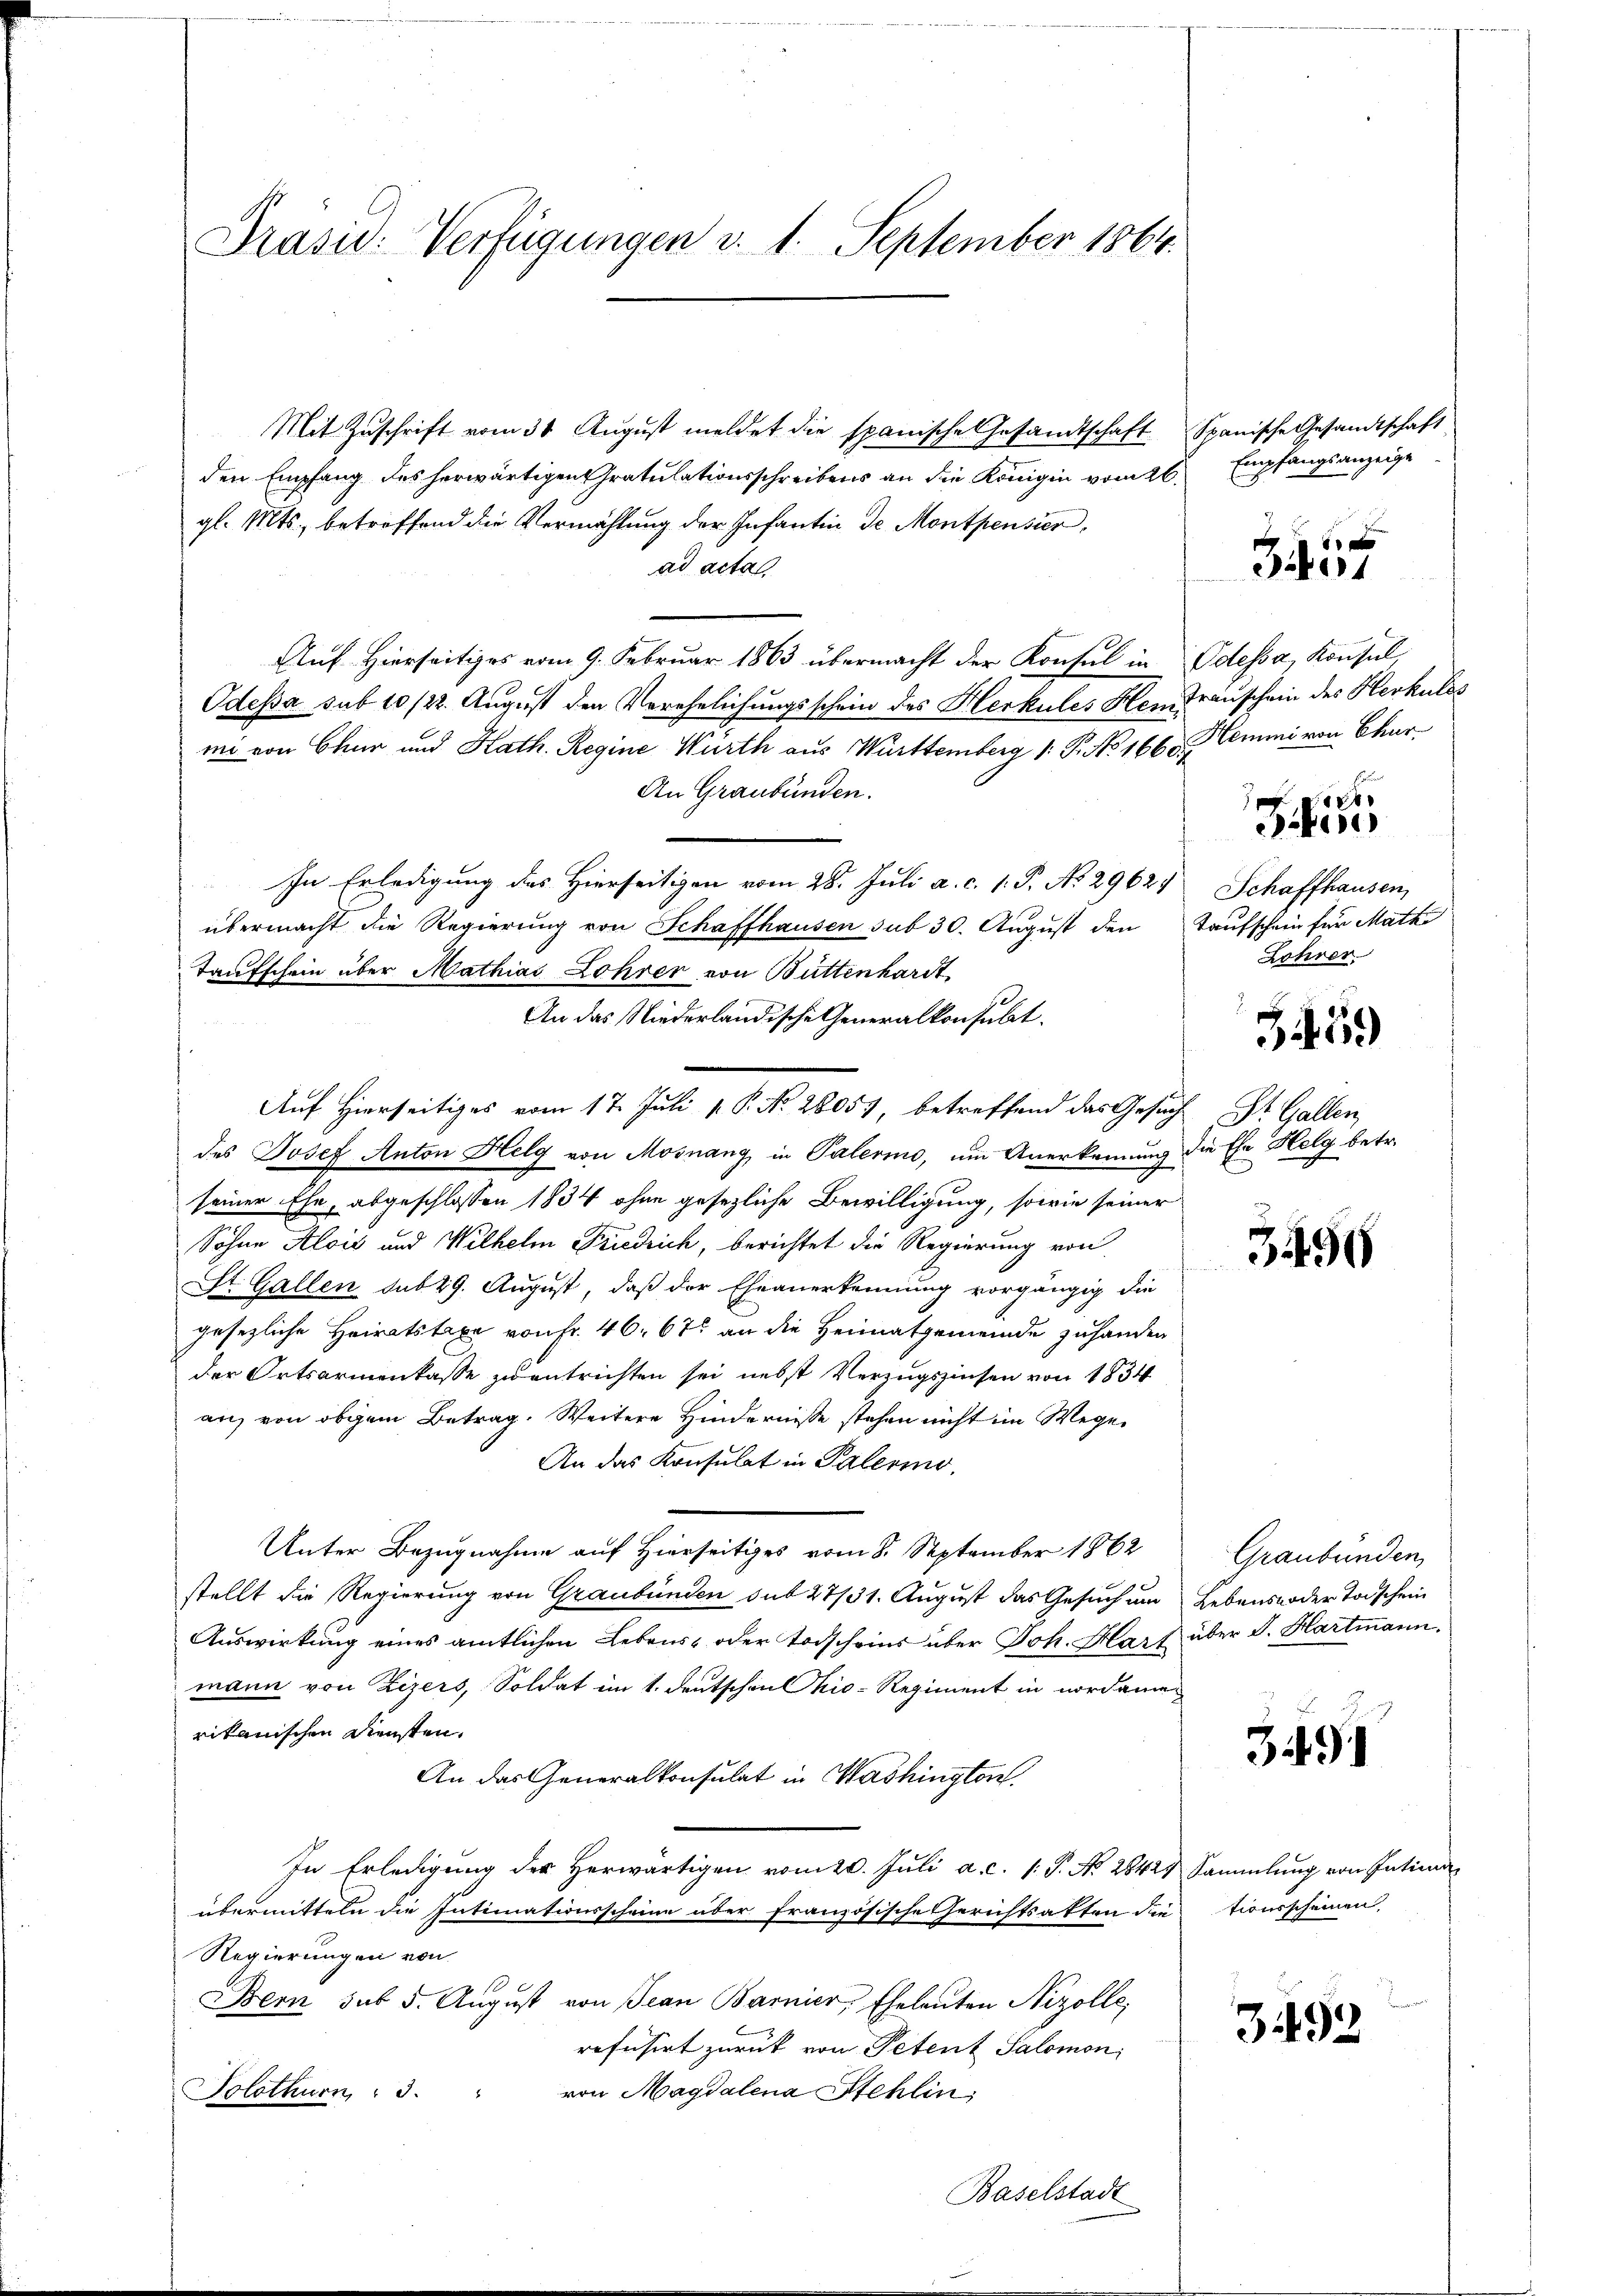
Drasid. Verfügungen v. 1. September 1864.

Mit Zŭschrift vom 31. Aŭgŭst meldet die spanische Gesandtschaft Spanische Gesandtschaft
den Empfang des herwärtigen Gratulationsschreibens an die Königin vom 26.
gl. Mts., betreffend die Vermählung der Infantin de Montpensier
ad acta
Auf Hierseitiges vom 9. Februar 1863 übermacht der Konsul in Odessa, Konsul
Odessa sub 10 /22. August den Verehelichungsschein des Herkules Hem Trauschein des Herkulos
mi von Chur und Kath. Regine Würth aus Württemberg 1. P. No 1660. Demmi von Chur¬
An Graubünden.
In Erledigung des Hierseitigen vom 28. Juli a. c. 1. P. No. 2962.
übermacht die Regierung von Schaffhausen sub 30. August den Taufschein für Math
Taufschein über Mathias Lohrer von Buttenhardt
An das Niederländische Generalkonsult.
des Josef Anton Helg von Mosnang in Palermo, um Anerkennung die Ehe Holg betr.
seiner Ehe, abgeschlossen 1834 ohne gesezliche Bewilligung, sowie seiner
Sohne Alois und Wilhelm Friedrich, berichtet die Regierung von
St. Gallen sub 29. August, daß der Eheanerkennung vorgängig die
gesezliche Heiratstaxe von Fr. 46. 675 an die Heimatgemeinde zuhanden
der Ortsarmenkasse zwentrichten sei, nebst Verzugszinsen von 1834
an, von obigem Betrag. Weitere Hinderniße stehen nicht im Wege
An das Konsulat in Palermo,
Unter Bezugnahme auf Hierseitiges vom 8. September 1862
stellt die Regierung von Graubünden sub 27/31. August das Gesuch um Lebensnoder Todschein
Auswirkung eines amtlichen Lebens- oder Todscheins über Joh. Hart über S. Hartmann.
mann von Zizers, Soldat im 1. Deutschen his-Regiment in nordame
rikanischen Diensten.
An das Generalkonsulat in Washington
In Erledigung des herwärtigen vom 20. Juli a. c. 1. P. No. 28425 Sammlung von Intima
übermitteln die Intimationsscheine über französische Gerichtsakten die tionsscheinen,
Regierungen von
10
Bern sub 5. August von Jean Barnier, Eheleuten Nizolle,
refusirt zurück von Petent Salomon
von Magdalena Stehlin,
Solothurn, 3. "

Auf Hierseitiges vom 17. Juli v. P. No. 28059, betreffend das Gesuch St. Gallen

Baselstadt

Empfangsanzeige

e
be

26.
Bibere

Schaffhausen,
Lohrer

359)

3496

Graubünden

349)

3493